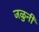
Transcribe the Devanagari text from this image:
जळुनी